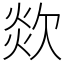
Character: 欻